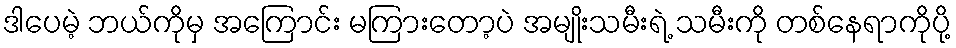
ဒါပေမဲ့ ဘယ်ကိုမှ အကြောင်း မကြားတော့ပဲ အမျိုးသမီးရဲ့ သမီးကို တစ်နေရာကိုပို့